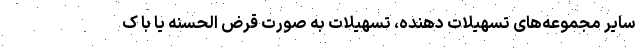
سایر مجموعه‌های تسهیلات دهنده، تسهیلات به صورت قرض الحسنه یا با ک